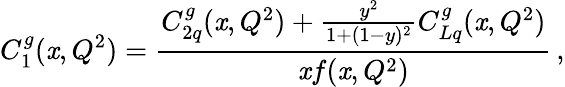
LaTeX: C_{1}^{g}(\mathit{x},Q^{2})=\frac{{C_{2q}^{g}(\mathit{x},Q^{2})+\frac{{y^{2}}}{{1+(1-y)^{2}}}C_{Lq}^{g}(\mathit{x},Q^{2})}}{{\mathit{x}f(\mathit{x},Q^{2})}}\, ,